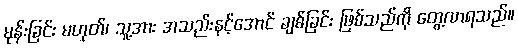
မုန်းခြင်း မဟုတ်၊ သူ့အား အသည်းနင့်အောင် ချစ်ခြင်း ဖြစ်သည်ကို တွေ့လာရသည်။